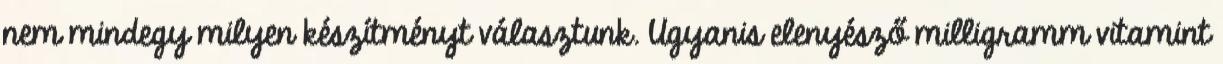
nem mindegy milyen készítményt választunk. Ugyanis elenyésző milligramm vitamint